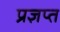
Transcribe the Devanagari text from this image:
प्रज्ञप्त